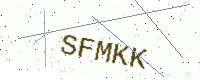
Text: SFMKK